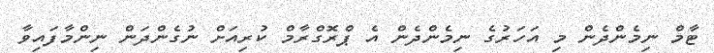
ޓާމް ނިމެންދެން މި އަހަރުގެ ނިމެންދެން އެ ޕްރޮގްރާމް ކުރިއަށް ނުގެންދަން ނިންމާފައިވާ